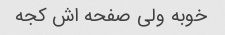
خوبه ولی صفحه اش کجه